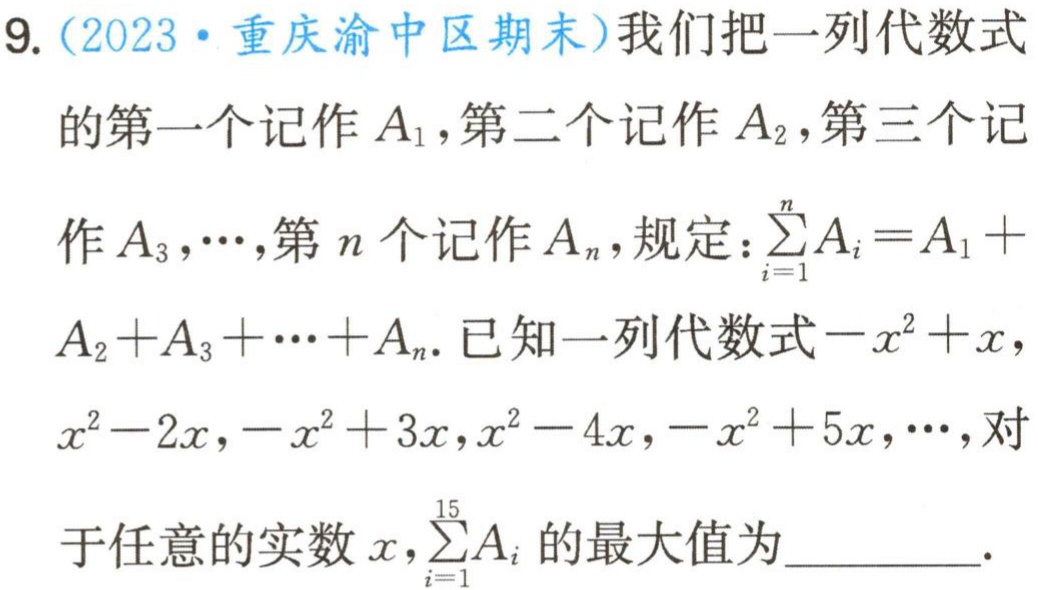
9.（2023·重庆渝中区期末）我们把一列代数式的第一个记作$A_{1}$，第二个记作$A_{2}$，第三个记
作$A_{3},\cdots ,$第$n$个记作$A_{n}$，规定：$\sum_{i = 1}^{n}A_{i}=A_{1}+$
$A_{2}+A_{3}+\cdots +A_{n}$. 已知一列代数式$-x^{2}+x,$
$x^{2}-2x,-x^{2}+3x,x^{2}-4x,-x^{2}+5x,\cdots ,$对
于任意的实数$x,\sum_{i = 1}^{15}A_{i}$的最大值为_________.